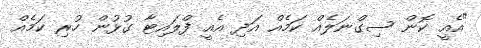
"އެއީ ކޮން ސިގްނަލެއް ކަމެއް އަދި އެއީ ފްލައިޓާ ގުޅުން ހުރި ކަމެއް